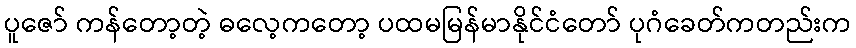
ပူဇော် ကန်တော့တဲ့ ဓလေ့ကတော့ ပထမမြန်မာနိုင်ငံတော် ပုဂံခေတ်ကတည်းက